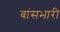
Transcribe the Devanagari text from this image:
बांसभारी